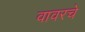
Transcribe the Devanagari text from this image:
वावरचे